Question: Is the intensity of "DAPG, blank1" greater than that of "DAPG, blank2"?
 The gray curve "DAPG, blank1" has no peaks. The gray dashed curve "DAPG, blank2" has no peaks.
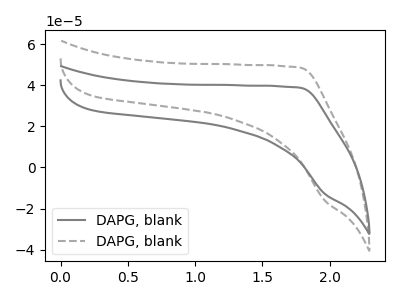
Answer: <think>Neither "DAPG, blank1" or "DAPG, blank2" have any peaks.
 </think>
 <answer>I cant tell if "DAPG, blank1" or "DAPG, blank2" has more signal.</answer>
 <eval>mixed_signal</eval>